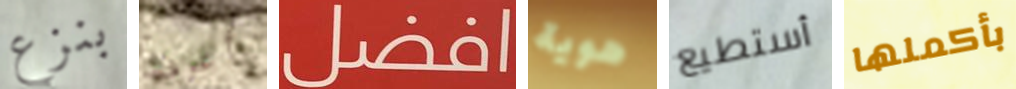
بنزع أعرف افضل هوية أستطيع بأكملها